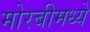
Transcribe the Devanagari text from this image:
मोरबीमध्ये